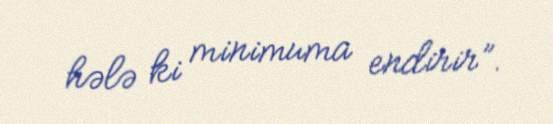
hələ ki minimuma endirir”.